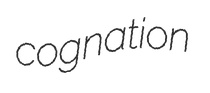
cognation